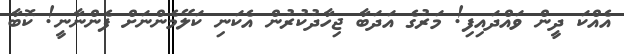
އެއްކަ ދީން ވައްދައިފި! މަރުގެ އަދަބާ ޖިހާދުކުރުން އެކަނި ކަލޭމެންނަށް ފެންނާނީ! ކޮބާ